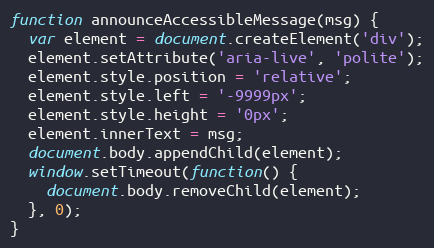
Language: JavaScript
function announceAccessibleMessage(msg) {
  var element = document.createElement('div');
  element.setAttribute('aria-live', 'polite');
  element.style.position = 'relative';
  element.style.left = '-9999px';
  element.style.height = '0px';
  element.innerText = msg;
  document.body.appendChild(element);
  window.setTimeout(function() {
    document.body.removeChild(element);
  }, 0);
}